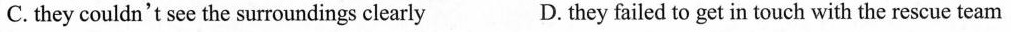
C. they couldn't see the surroundings clearly D. they failed to get in touch with the rescue team